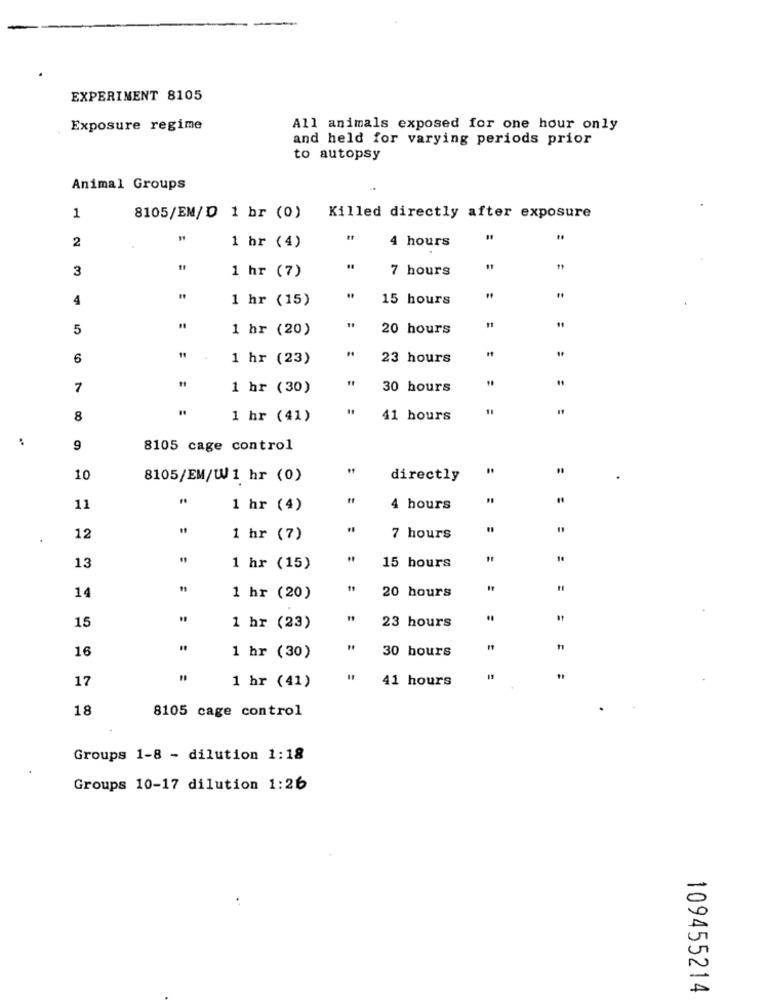
EXPERIMENT 8105
Exposure regime
All animals exposed for one hour only
and held for varying periods prior
to autopsy
Animal Groups
1
8105/EM/D 1 br (0)
Killed directly after exposure
2
4 hours
1 hr (4)
3
7 hours
1 hr (7)
4
1 hr (15)
15 hours
5
1 hr (20)
20 hours
6
1 hr (23)
23 hours
7
1 hr (30)
30 hours
11
19
8
1 hr (41)
41 hours
..
9
8105 cage control
10
8105/EM/W1 hr (0)
directly
11
1 hr (4)
4 hours
12
1 hr (7)
7 hours
13
1 hr (15)
15 hours
20 hours
14
1 hr (20)
15
23 hours
1 hr (23)
16
30 hours
1 hr (30)
17
41 hours
19
1 hr (41)
18
8105 cage control
Groups 1-8 - dilution 1:18
Groups 10-17 dilution 1:26
109455214